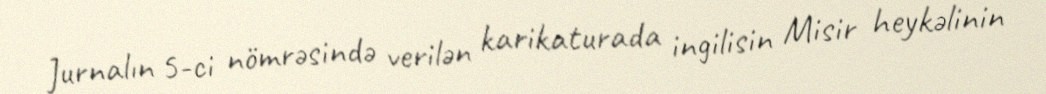
Jurnalın 5-ci nömrəsində verilən karikaturada ingilisin Misir heykəlinin